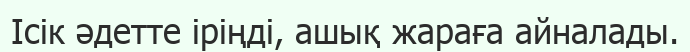
Ісік әдетте іріңді, ашық жараға айналады.